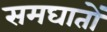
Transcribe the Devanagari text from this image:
समघातों